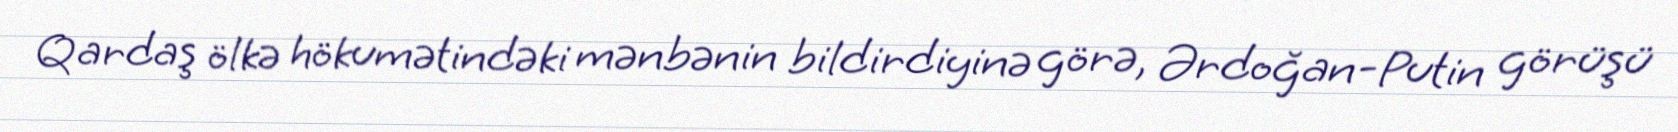
Qardaş ölkə hökumətindəki mənbənin bildirdiyinə görə, Ərdoğan-Putin görüşü